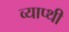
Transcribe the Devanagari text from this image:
व्याप्थी